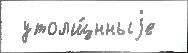
 утолщ́нныjе